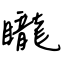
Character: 矓